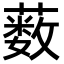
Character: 薮